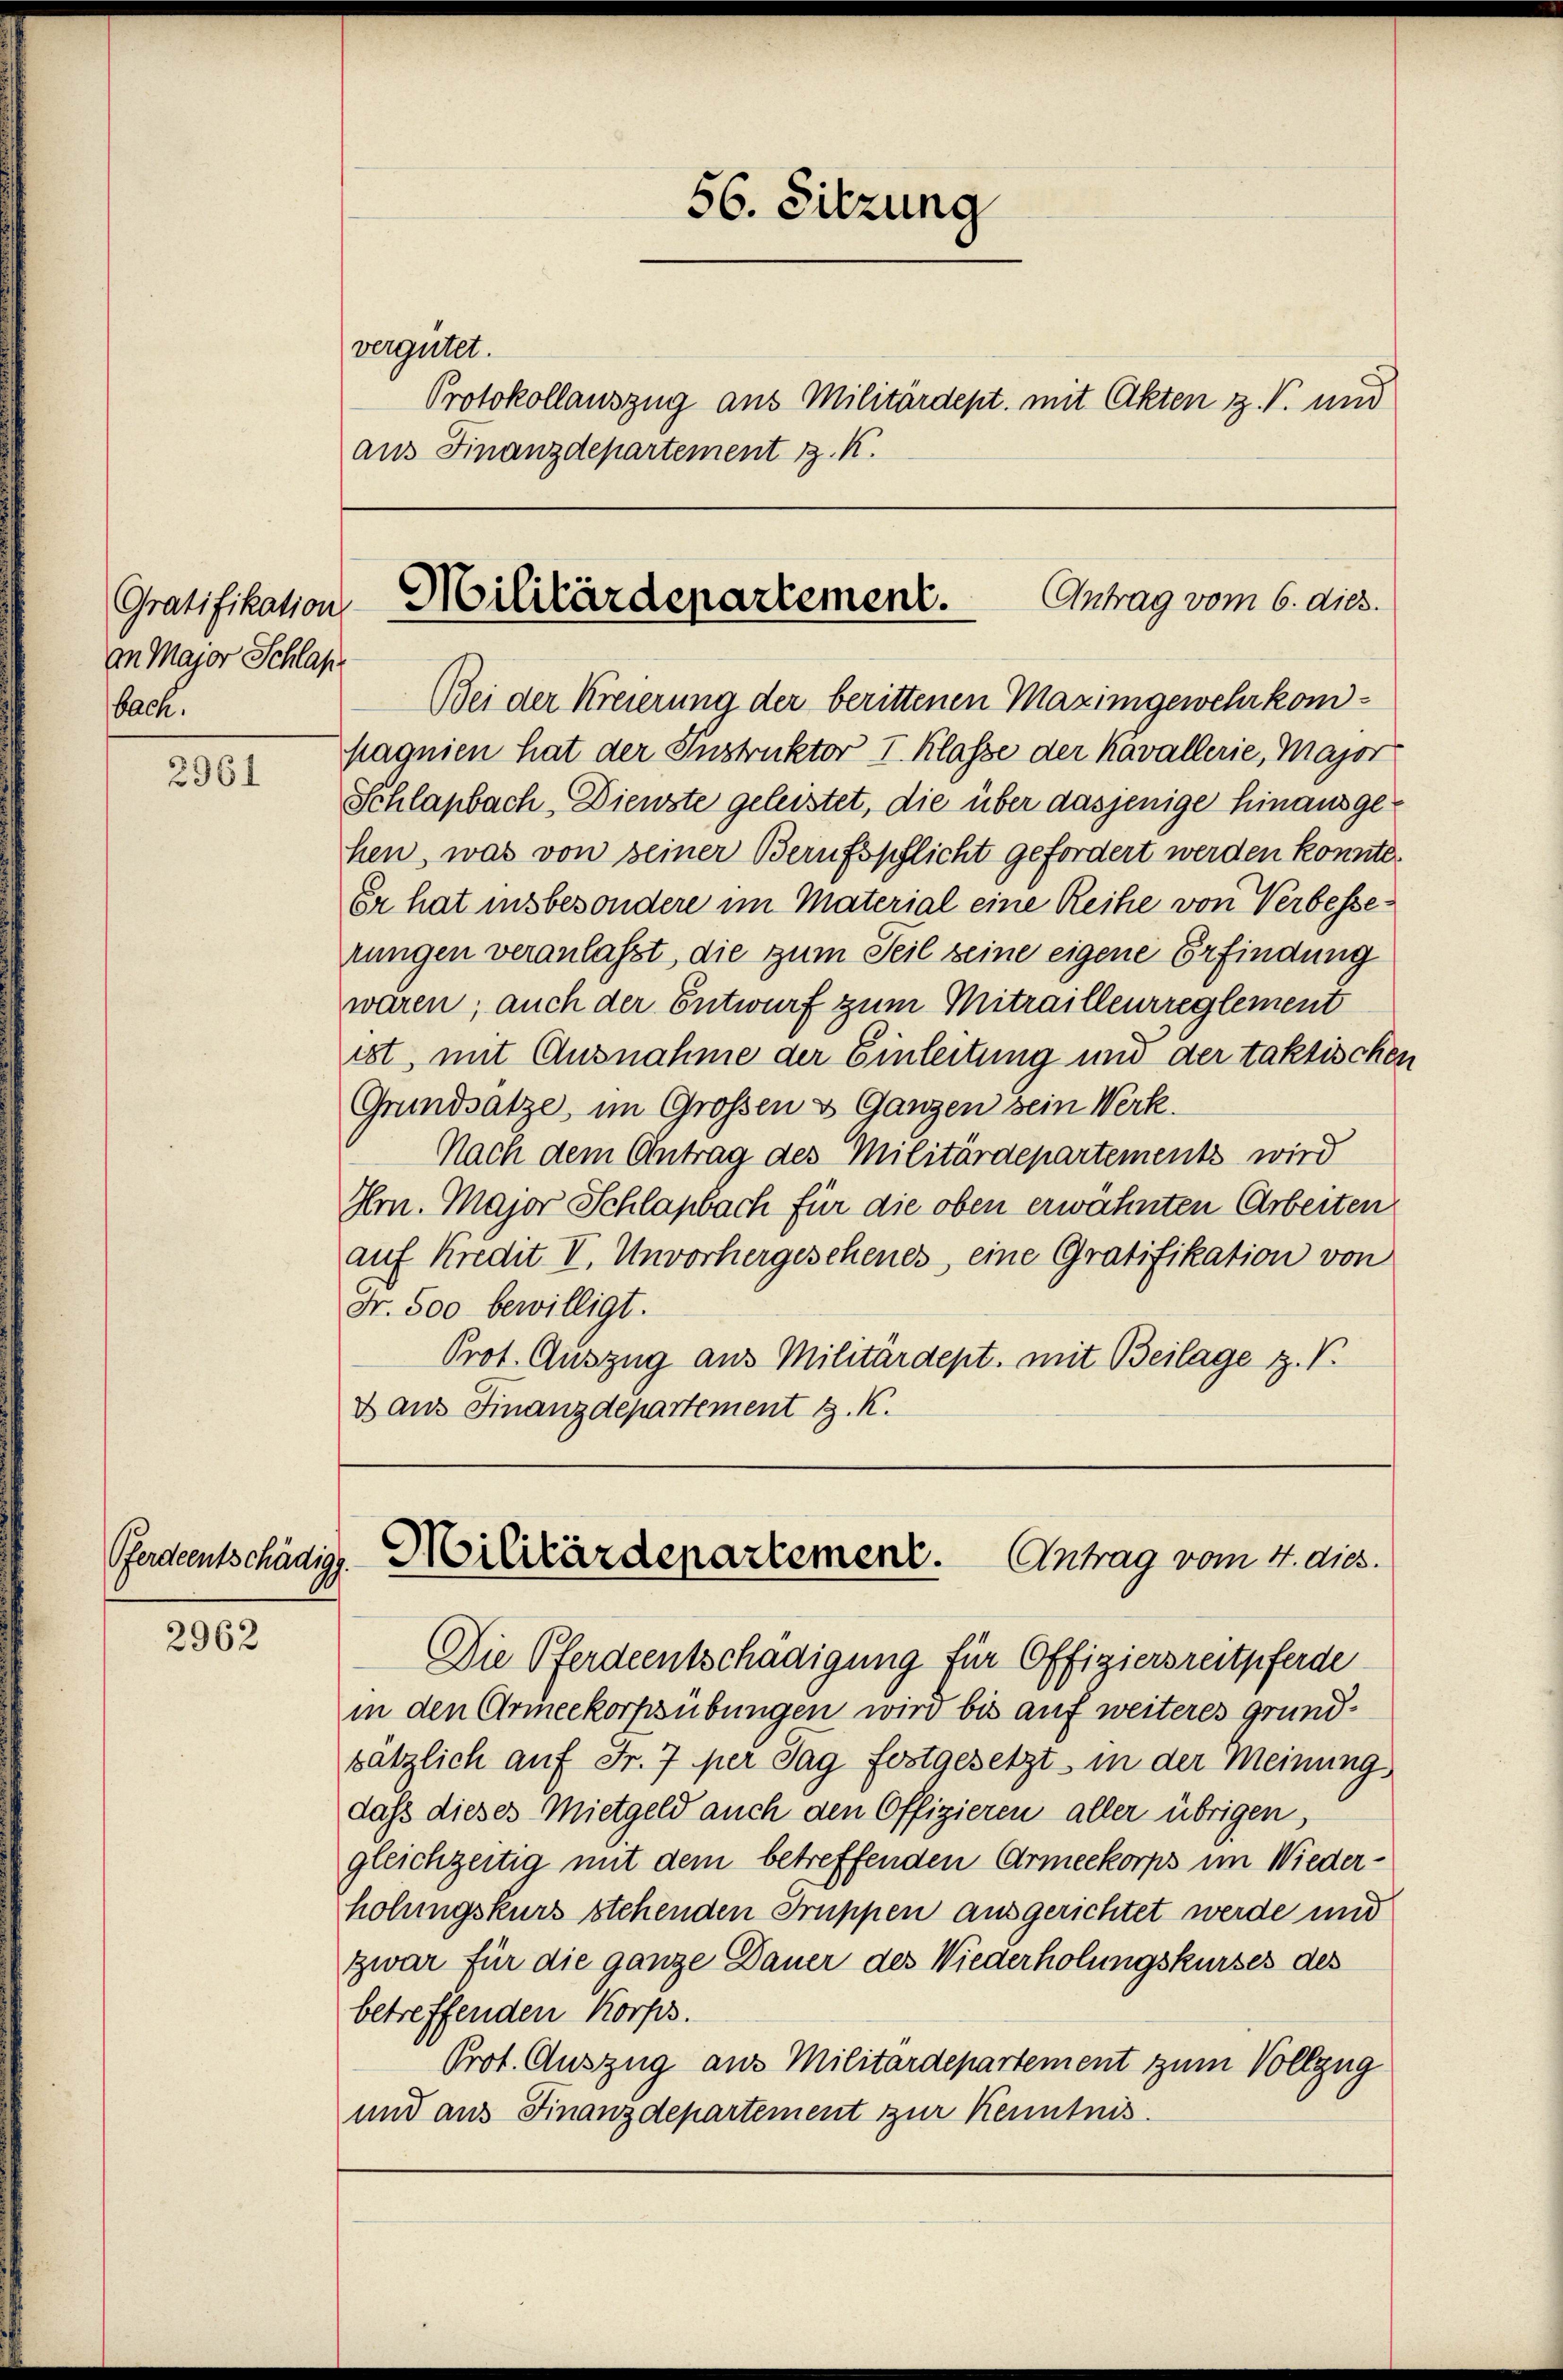
Gratifikation
an Major Schlaf
bach.

2961

2962

vergütet.
Protokollauszug aus Militärdept. mit Akten z. V. und
aus Finanzdepartement z. K.

Bei der Kreierung der berittenen Maximgewehrkompagnien hat der Instruktor I. Klasse der Kavallerie, Major
Schlapbach, Dienste geleistet, die über dasjenige hinausgehen, was von seiner Berufspflicht gefordert werden konnte.
Er hat insbesondere im Material eine Reihe von Verbesserungen veranlasst, die zum Teil seine eigene Erfindung
waren; auch der Entwurf zum Mitrailleurreglement
ist, mit Ausnahme der Einleitung und der taktischen
Grundsätze, im Grossen & Ganzen sein Werk.
Nach dem Antrag des Militärdepartements wird
Hrn. Major Schlapbach für die oben erwähnten Arbeiten
auf Kredit II. Unvorhergesehenes, eine Gratifikation von
Fr. 500 bewilligt.
Prot. Auszug aus Militärdept. mit Beilage z. V.
d aus Finanzdepartement J. K.

56. Sitzung

Pferdentschädige Militärdepartement. Antrag vom 4. dies.

Antrag vom 6. dies.
Militärdepartement.

Die Pferdientschädigung für Offiziersreitpferde
in den Armeekorpsübungen wird bis auf weiteres grundsätzlich auf Fr. 7 per Tag festgesetzt in der Meinung
dass dieses Mietgeld auch den Offizieren aller übrigen,
gleichzeitig mit dem betreffenden Armeekorps im Wiederhohungskurs stehenden Truppen ausgerichtet werde und
zwar für die ganze Dauer des Wiederholungskurses des
betreffenden Korps.
Prot. Auszug aus Militärdepartement zum Vollzug
und aus Finanzdepartement zur Kenntnis.